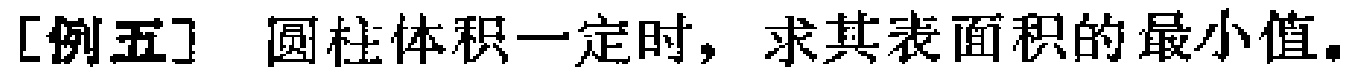
[例五] 圆柱体积一定时，求其表面积的最小值。